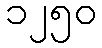
၁၂၅၀